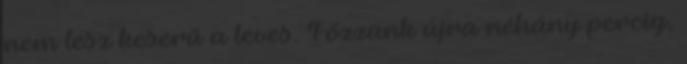
nem lesz keserű a leves. Főzzünk újra néhány percig,